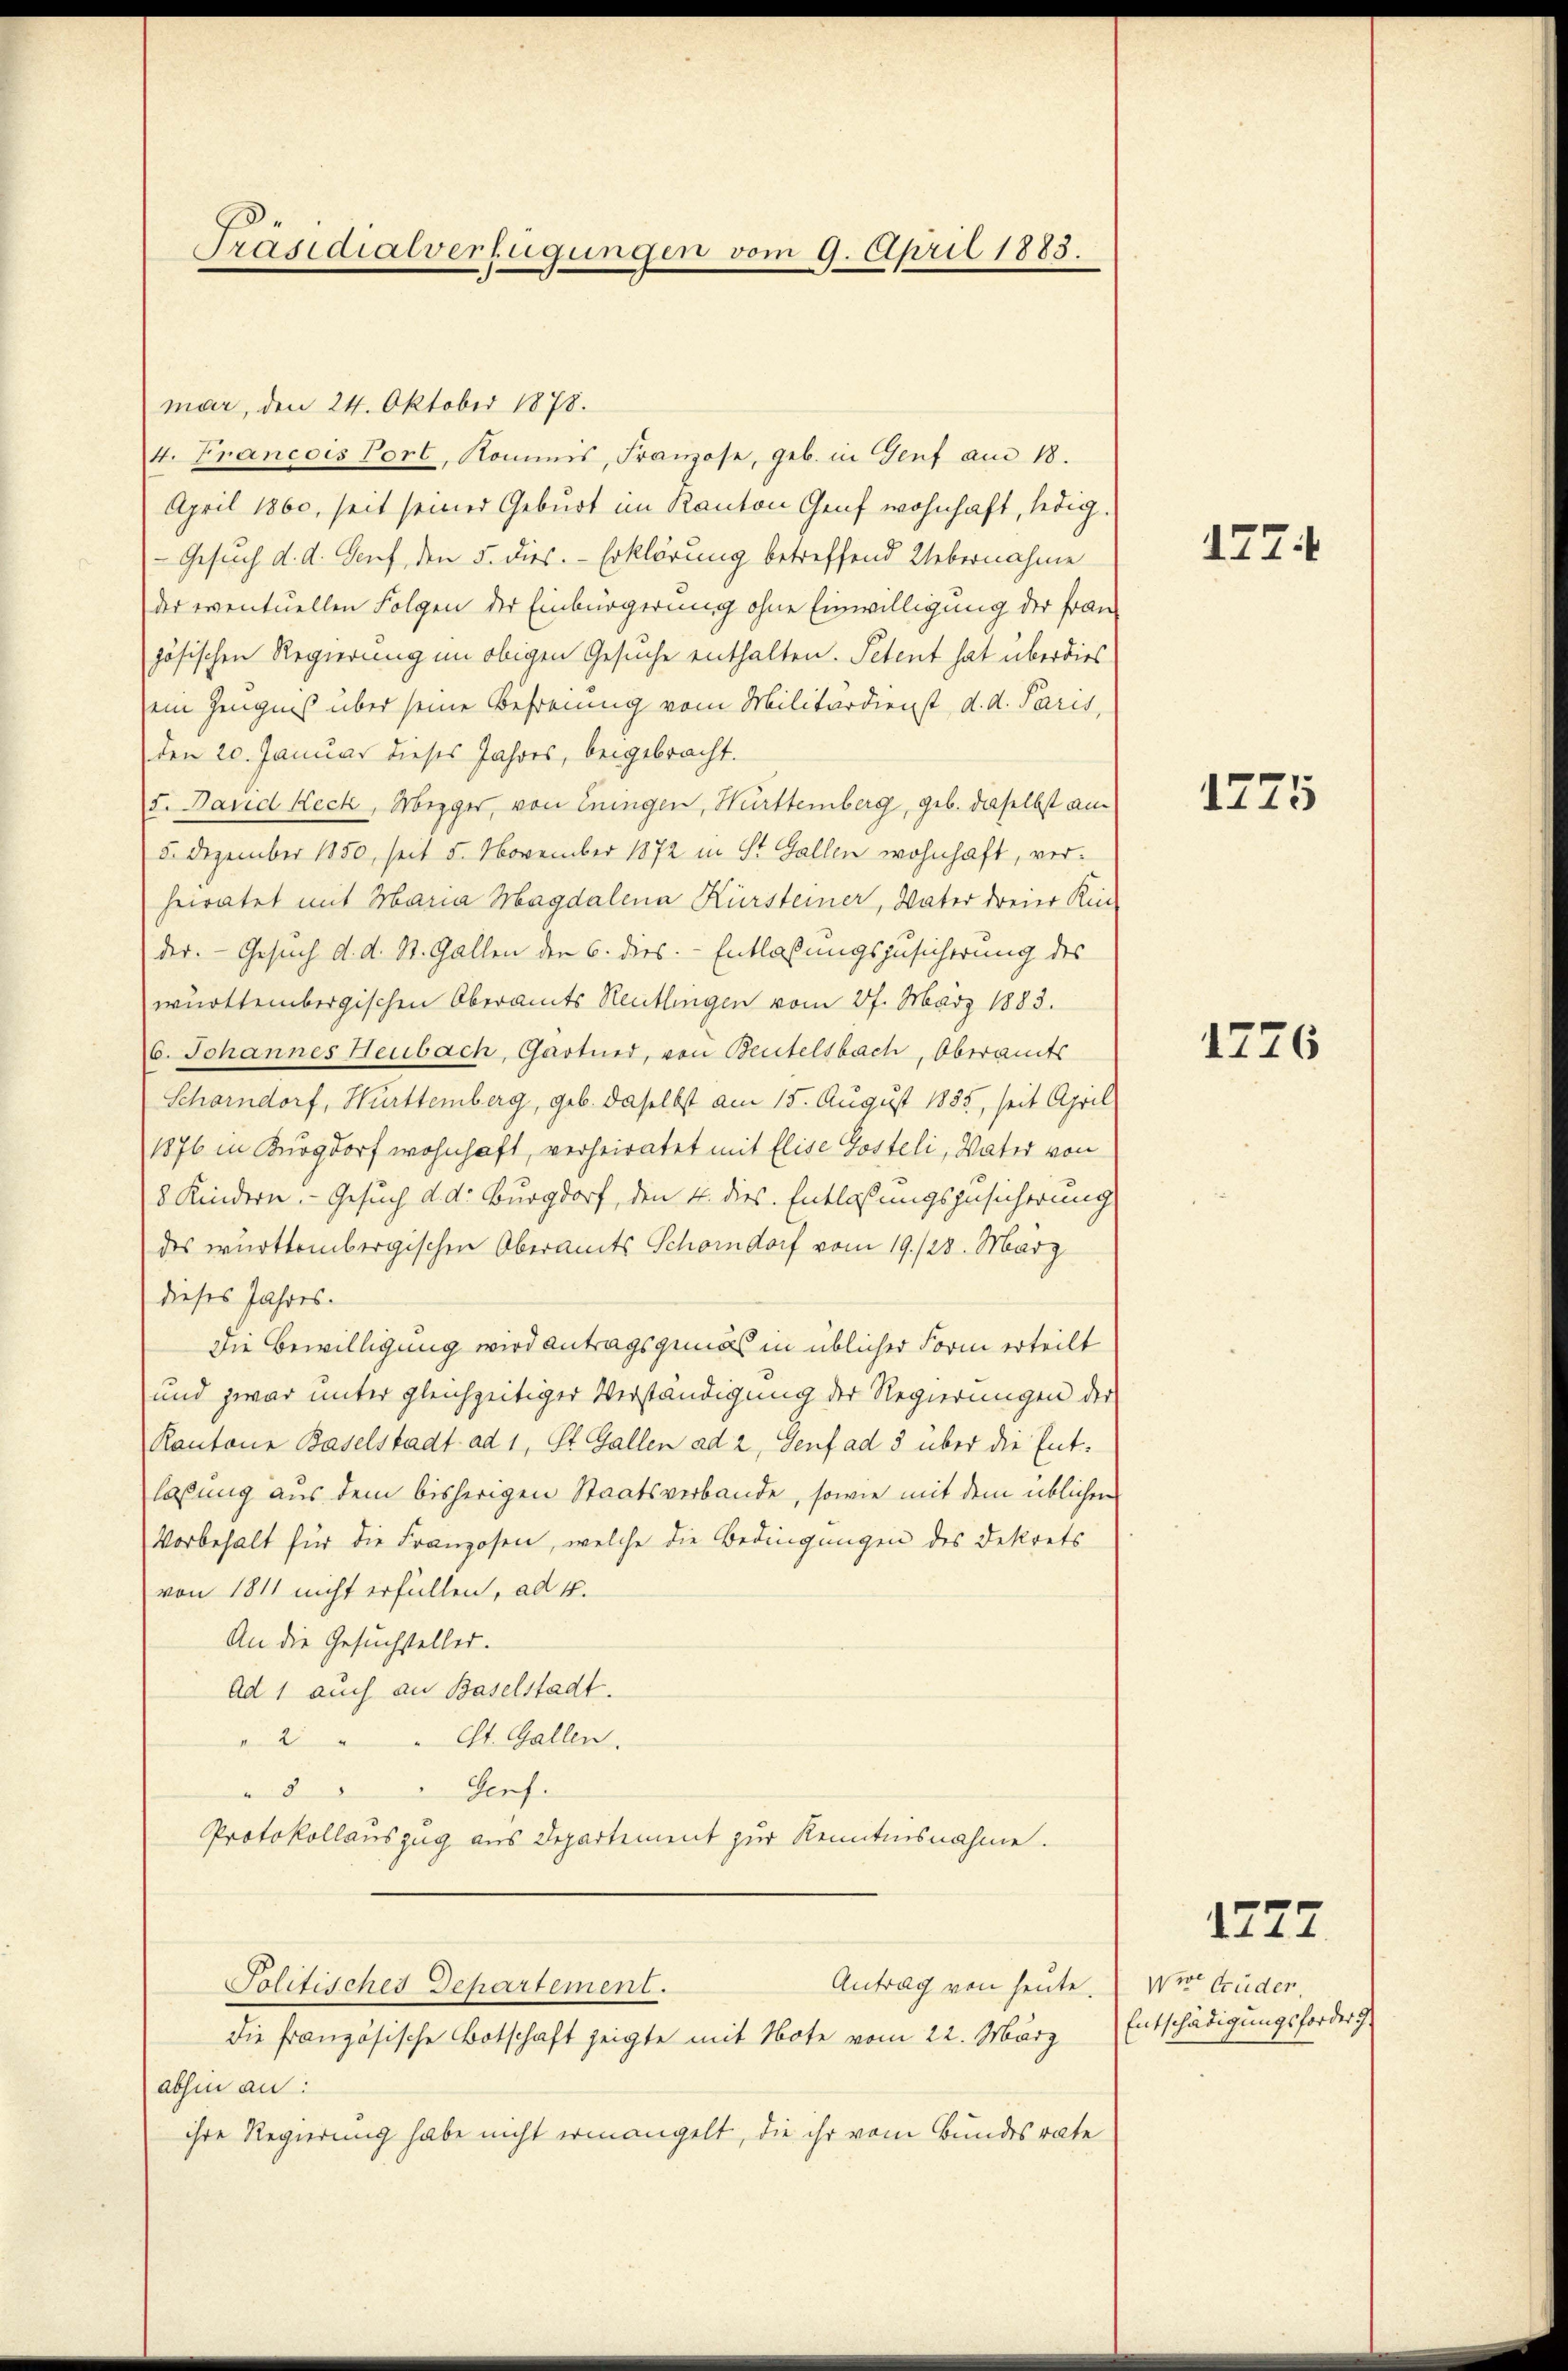
mar, den 24. Oktober 1878.
4. Francois Port, Kommis, Franzose, geb. in Genf am 18.
April 1860, seit seiner Geburt im Kanton Genf wohnhaft, ledig.
Gesuch d. d. Genf, den 5. dies. Erklärung betreffend Uebernahme
der eventuellen Folgen der Einbürgerung ohne Einwilligung der Fran
zösischen Regierung im obigen Gesuche enthalten. Petent hat überdies
ein Zeugnis über seine Befreiung vom Militärdienst, d. d. Paris,
den 20. Januar dieses Jahres, beigebracht.
5. Band Reck, Mezger, von Eningen, Württemberg, geb. daselbst am
5. Dezember 1850, seit 5. November 1872 in St. Gallen wohnhaft, verheiratet mit Maria Magdalena Kürsteiner, Vater dreier Kin-
der. - Gesuch d. d. St. Gallen den 6. dies. Entlaßungszusicherung des
württembergischen Oberamts Reutlingen vom 27. März 1883.
6. Johannes Heubach, Gartner, von Beutelsbach, Oberamts
Scharndorf, Württemberg, geb. daselbst am 15. August 1885, seit April
1876 in Burgdorf wohnhaft, verheiratet mit Elise Gosteli, Vater von
8 Kindern. Gesuch d. d. Burgdorf, den 4. dies. Entlassungszusicherung
des württembergischen Oberamts Schöndorf vom 19./23. März
dieses Jahres.
Die Bewilligung wird antragsgemäß in üblicher Form erteilt
und zwar unter gleichzeitiger Verständigung der Regierungen der
Kantone Baselstadt ad 1, St. Gallen ad 2, Genf ad 3 über die Entlassung aus dem bisherigen Staatsverbande, sowie mit dem üblichen
Vorbehalt für die Franzosen, welche die Bedingungen des Dekrets
von 1811 nicht erfüllen, ad 4.
An die Gesuchsteller.
Ad 1 auch an Baselstadt.
St. Gallen.
ve
Porf.
8
Protokollauszug aus Departement zur Kenntnisnahme.
Antrag von heute.
Politisches Departement.
die französische Botschaft zeigte mit Note vom 22. März
abhin an:
ihre Regierung habe nicht ermangelt, die ihr vom Bundesrate

Präsidialverfügungen vom 9. April 1883.

1774

1275

1776

1277

Vor Brüder
Entschädigungsforder J.